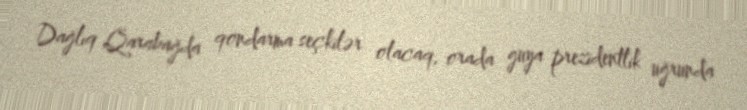
Dağlıq Qarabağda qondarma seçkilər olacaq, orada guya prezidentlik uğrunda